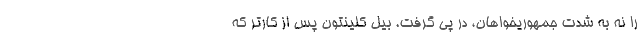
را نه به شدت جمهوریخواهان، در پی گرفت. بیل کلینتون پس از کارتر که